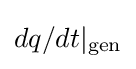
dq/dt|_{\text{gen}}